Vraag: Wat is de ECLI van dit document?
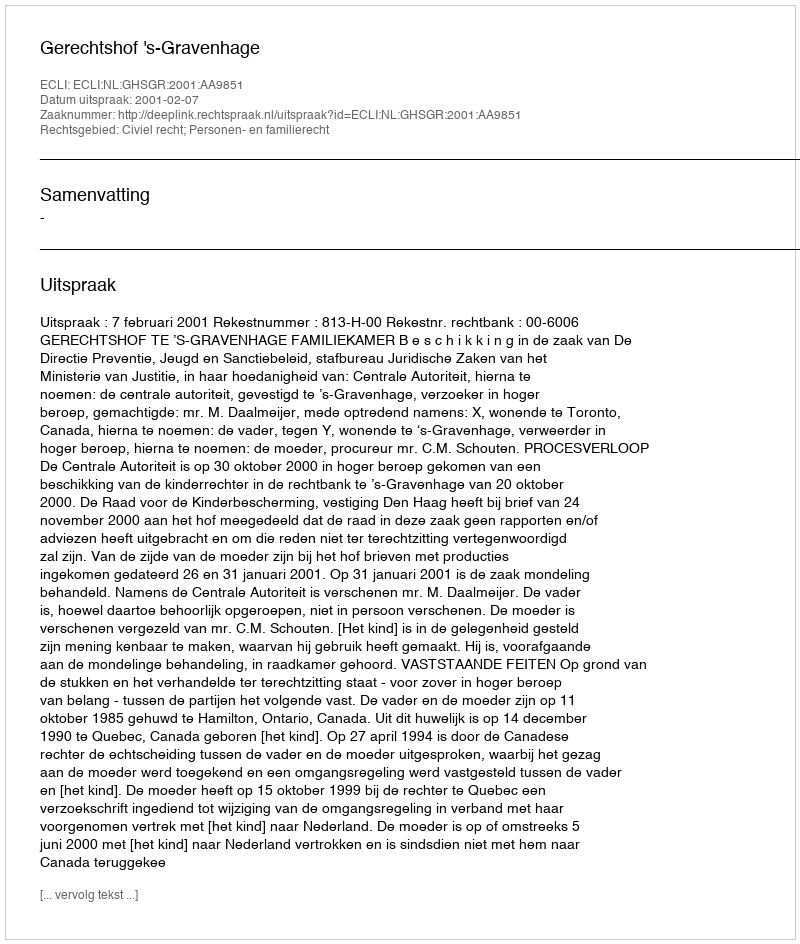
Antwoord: ECLI:NL:GHSGR:2001:AA9851